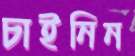
চাইনিন